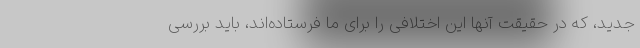
جدید، که در حقیقت آنها این اختلافی را برای ما فرستاده‌اند، باید بررسی